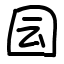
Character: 囩